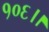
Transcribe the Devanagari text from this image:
१०६।।